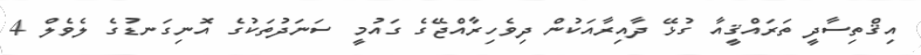
އިޤްތިސާދީ ތަރައްޤީއާ ގުޅޭ ދާއިރާއަކުން ދިވެހިރާއްޖޭގެ ގައުމީ ސަނަދުތަކުގެ އޮނިގަނޑުގެ ލެވެލް 4